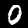
Digit: 0